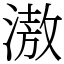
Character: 滶